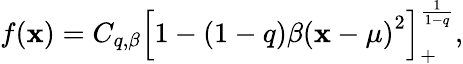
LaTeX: f(\mathbf{x})=C_{q,\beta}\left[1-(1-q)\beta\left(\mathbf{x}-\mu\right)^{2}\right]_{+}^{\frac{{1}}{{1-q}}},